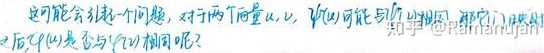
这可能会引起一个问题，对于两个函数 \(u, v\)，\(\varphi(u)\) 可能与 \(\varphi(v)\) 相同，那它们映射之后 \(\varphi(u)\) 是否与 \(\varphi(v)\) 相同呢？